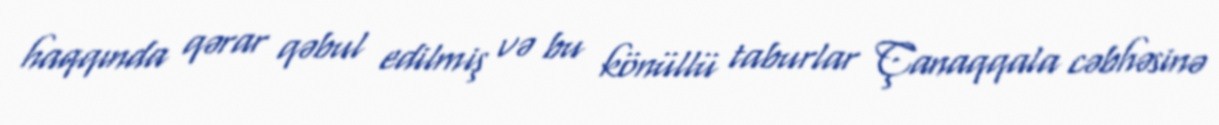
haqqında qərar qəbul edilmiş və bu könüllü taburlar Çanaqqala cəbhəsinə